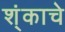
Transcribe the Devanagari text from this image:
श्ंकाचे